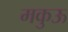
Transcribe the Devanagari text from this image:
मकुऊ